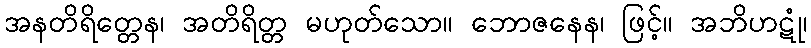
အနတိရိတ္တေန၊ အတိရိတ္တ မဟုတ်သော။ ဘောဇနေန၊ ဖြင့်။ အဘိဟဋုံ၊